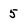
Character: 5